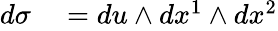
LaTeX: \begin{array}{rl}{d\sigma}&{{}=du\wedge dx^{1}\wedge dx^{2}}\end{array}